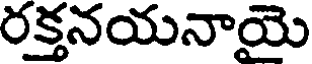
రక్తనయనాయై